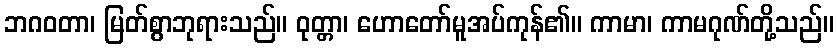
ဘဂဝတာ၊ မြတ်စွာဘုရားသည်။ ဝုတ္တာ၊ ဟောတော်မူအပ်ကုန်၏။ ကာမာ၊ ကာမဂုဏ်တို့သည်။